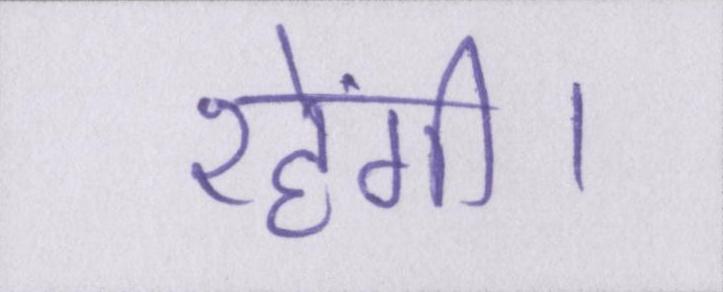
रहेंगी।